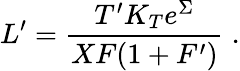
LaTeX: L^{\prime}=\frac{T^{\prime}K_{T}e^{\Sigma}}{XF(1+F^{\prime})}\; .